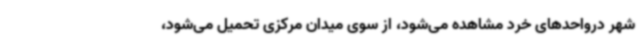
شهر درواحدهای خرد مشاهده می‌شود، از سوی میدان مرکزی تحمیل می‌شود،